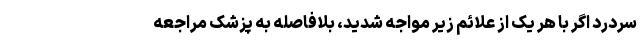
سردرد اگر با هر یک از علائم زیر مواجه شدید، بلافاصله به پزشک مراجعه